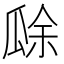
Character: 𤬀